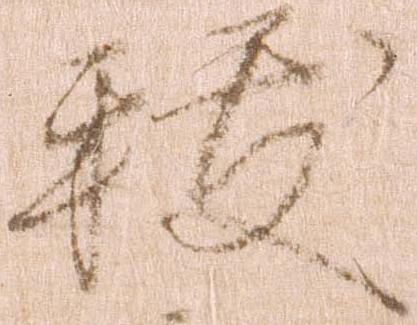
祓